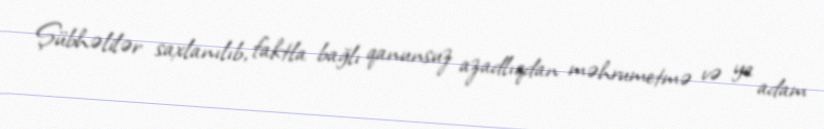
Şübhəlilər saxlanılıb, faktla bağlı qanunsuz azadlıqdan məhrumetmə və ya adam